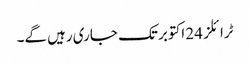
ٹرائلز 24 اکتوبر تک جاری رہیں گے۔